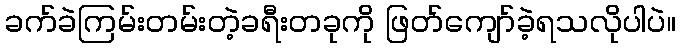
ခက်ခဲကြမ်းတမ်းတဲ့ခရီးတခုကို ဖြတ်ကျော်ခဲ့ရသလိုပါပဲ။